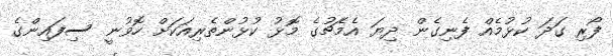
ފޯރި ގަދަ ކުޅުމެއް ފެނިގެން ދިޔަ އެމެޗުގެ މޮޅު ކުޅުންތެރިއަކަށް ހޮވުނީ ސިފައިންގެ